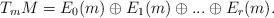
LaTeX: \begin{align*} T_mM=E_0(m)\oplus E_1(m)\oplus...\oplus E_r(m). \end{align*}